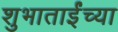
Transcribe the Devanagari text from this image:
शुभाताईंच्या